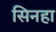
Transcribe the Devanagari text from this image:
सिनहा